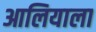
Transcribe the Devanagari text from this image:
आलियाला